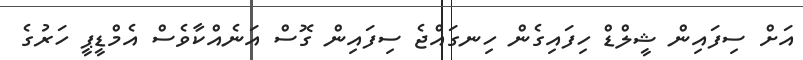
އަށް ސިފައިން ޝީލްޑް ހިފައިގެން ހިނގައްޖެ ސިފައިން ގޮސް އަނެއްކާވެސް އެމްޑީޕީ ހަރުގެ